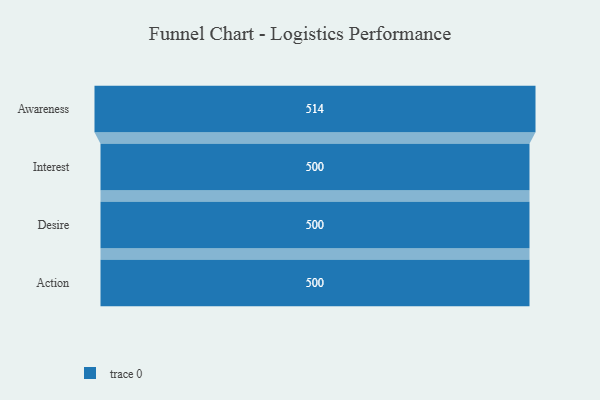
{"axis": {"x": "Stage", "y": "Value"}, "legend": [""], "data": [{"x": "Awareness", "y": 514.0, "type": ""}, {"x": "Interest", "y": 500, "type": ""}, {"x": "Desire", "y": 500, "type": ""}, {"x": "Action", "y": 500, "type": ""}]}